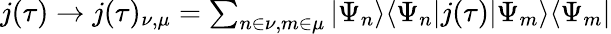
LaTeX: \begin{array}{r}{j(\tau)\rightarrow j(\tau)_{\nu,\mu}=\sum_{n\in\nu,m\in\mu}|\Psi_{n}\rangle\langle\Psi_{n}|j(\tau)|\Psi_{m}\rangle\langle\Psi_{m}|}\end{array}